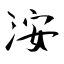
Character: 洝